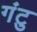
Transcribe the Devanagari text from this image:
गंटु